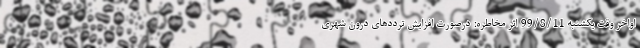
اواخر وقت یکشنبه 99/8/11 اثر مخاطره: درصورت افزایش ترددهای درون شهری